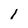
Character: l